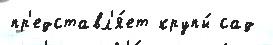
пр'едставл'я́ет крупы́ сад